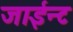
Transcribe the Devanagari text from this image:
जाईन्ट